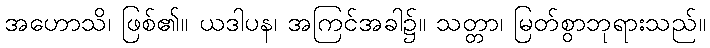
အဟောသိ၊ ဖြစ်၏။ ယဒါပန၊ အကြင်အခါ၌။ သတ္တာ၊ မြတ်စွာဘုရားသည်။